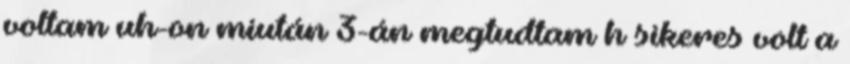
voltam uh-on miután 3-án megtudtam h sikeres volt a